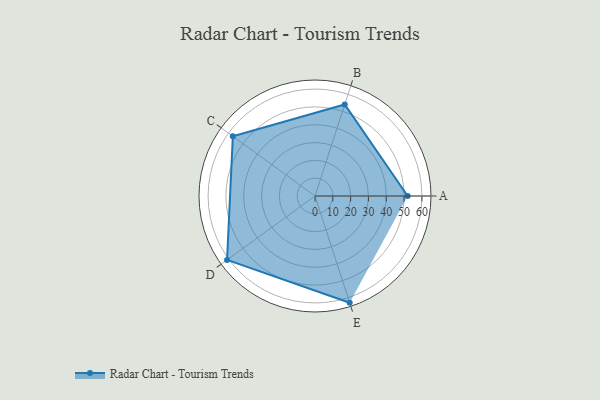
{"axis": {"x": "Skill", "y": "Score"}, "legend": ["Profile"], "data": [{"x": "A", "y": 52.0, "type": "Profile"}, {"x": "B", "y": 54.0, "type": "Profile"}, {"x": "C", "y": 57.0, "type": "Profile"}, {"x": "D", "y": 61.0, "type": "Profile"}, {"x": "E", "y": 63.0, "type": "Profile"}]}